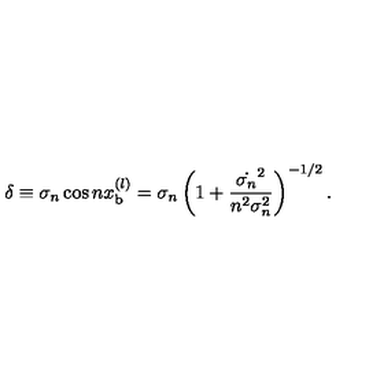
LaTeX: \delta \equiv \sigma _ { n } \cos n x _ { \mathrm { b } } ^ { ( l ) } = \sigma _ { n } \left( 1 + \frac { \dot { \sigma _ { n } } ^ { 2 } } { n ^ { 2 } \sigma _ { n } ^ { 2 } } \right) ^ { - 1 / 2 } .